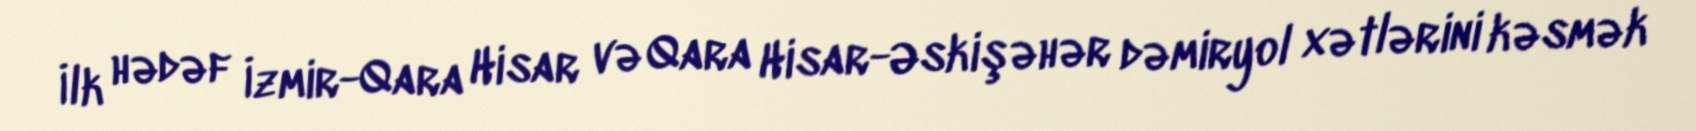
İlk hədəf İzmir-Qara Hisar və Qara Hisar-Əskişəhər dəmiryol xətlərini kəsmək